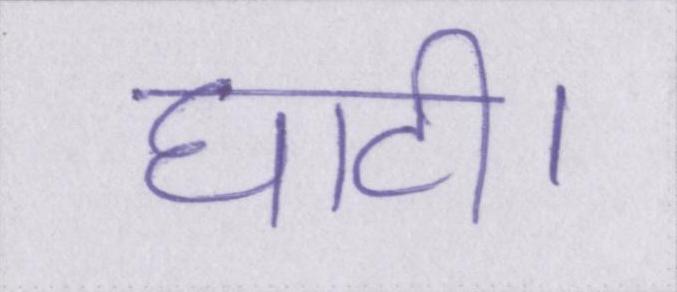
घाटी।